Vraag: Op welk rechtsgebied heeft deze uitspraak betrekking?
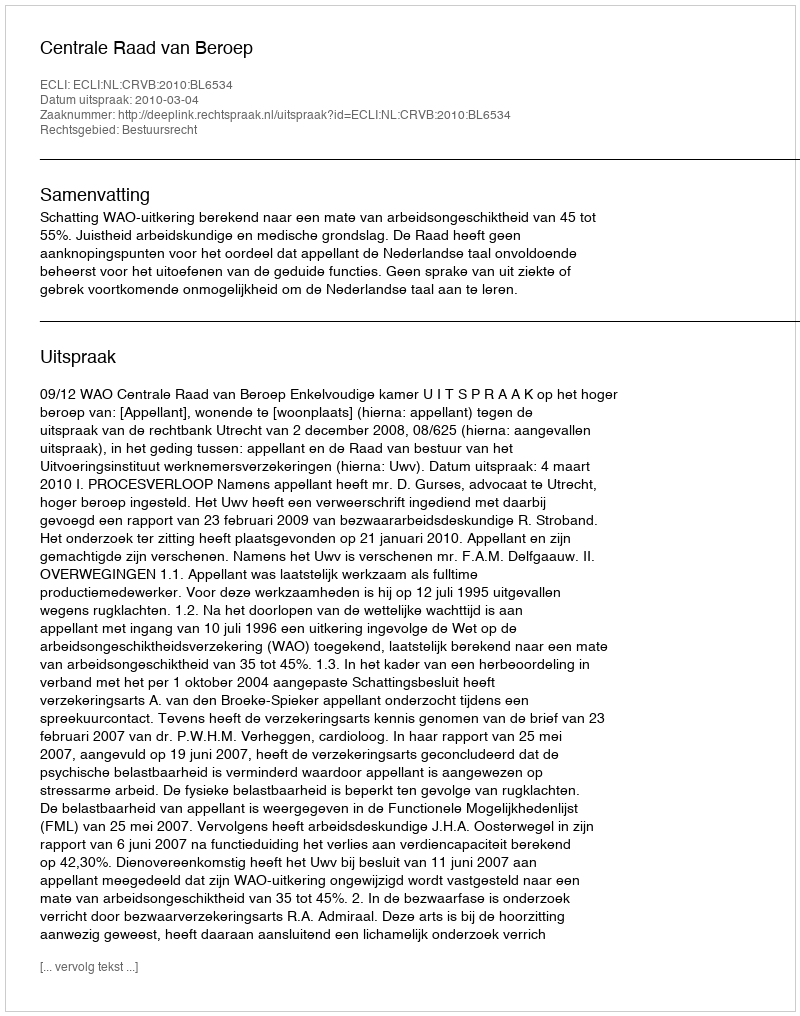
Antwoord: Bestuursrecht